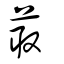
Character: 菆